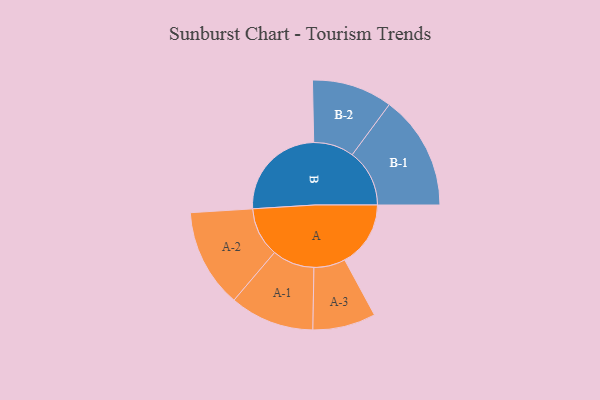
{"axis": {"x": "Segment", "y": "Value"}, "legend": ["", "A", "B"], "data": [{"x": "A", "y": 314, "type": ""}, {"x": "B", "y": 471, "type": ""}, {"x": "A-1", "y": 201, "type": "A"}, {"x": "A-2", "y": 235, "type": "A"}, {"x": "A-3", "y": 150, "type": "A"}, {"x": "B-1", "y": 273, "type": "B"}, {"x": "B-2", "y": 192, "type": "B"}]}